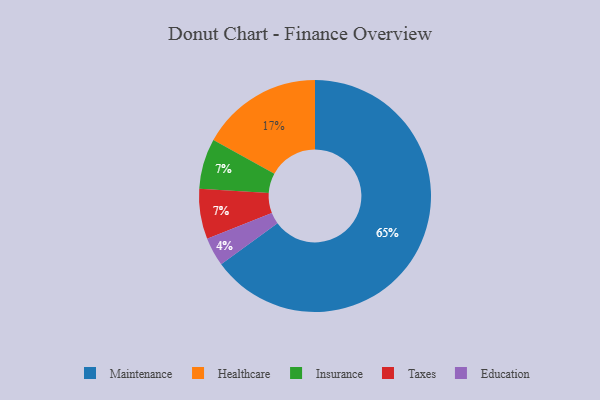
{"axis": {"x": "Category", "y": "Percentage"}, "legend": ["Education", "Healthcare", "Insurance", "Maintenance", "Taxes"], "data": [{"x": "Education", "y": 4, "type": "Education"}, {"x": "Maintenance", "y": 65, "type": "Maintenance"}, {"x": "Insurance", "y": 7, "type": "Insurance"}, {"x": "Taxes", "y": 7, "type": "Taxes"}, {"x": "Healthcare", "y": 17, "type": "Healthcare"}]}